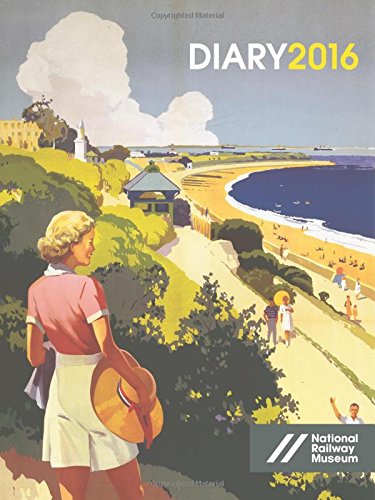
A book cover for National Railway Museum Pocket Diary 2016; National Railway; Crafts, Hobbies & Home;